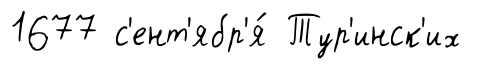
1677 с'ент'ябр'я́ Тур'инск'их